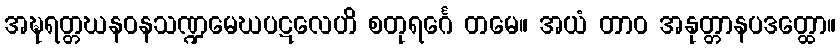
အဍ္ဎရတ္တဃနဝနသဏ္ဍမေဃပဋလေဟိ စတုရင်္ဂေ တမေ။ အယံ တာဝ အနုတ္တာနပဒတ္ထော။